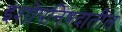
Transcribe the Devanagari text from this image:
इशोपनिषदातील